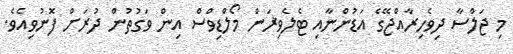
މި ޖަލްސާ ދިވެހިރާއްޖޭގެ އަޑުންނާއި ޓެލެވިޜަން މޯލްޑިވްސް އިން ވަގުތުން ދުރަށް ފޮނުވިއެވެ.